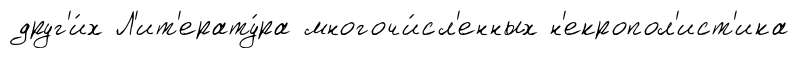
друг'и́х Л'ит'ерату́ра многочи́сл'енных н'екропол'ист'ика